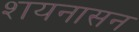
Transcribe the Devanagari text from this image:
शयनासन